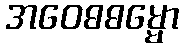
အဝေဓဓမ္မော